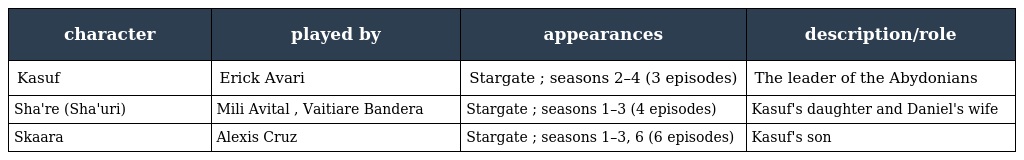
| character | played by | appearances | description/role |
 | --- | --- | --- | --- |
 | Kasuf | Erick Avari | Stargate ; seasons 2–4 (3 episodes) | The leader of the Abydonians |
 | Sha're (Sha'uri) | Mili Avital , Vaitiare Bandera | Stargate ; seasons 1–3 (4 episodes) | Kasuf's daughter and Daniel's wife |
 | Skaara | Alexis Cruz | Stargate ; seasons 1–3, 6 (6 episodes) | Kasuf's son |